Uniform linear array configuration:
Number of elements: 8
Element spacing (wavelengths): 0.25
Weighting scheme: blackman
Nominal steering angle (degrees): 30
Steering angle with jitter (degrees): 29.759
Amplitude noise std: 0.05
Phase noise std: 0.05

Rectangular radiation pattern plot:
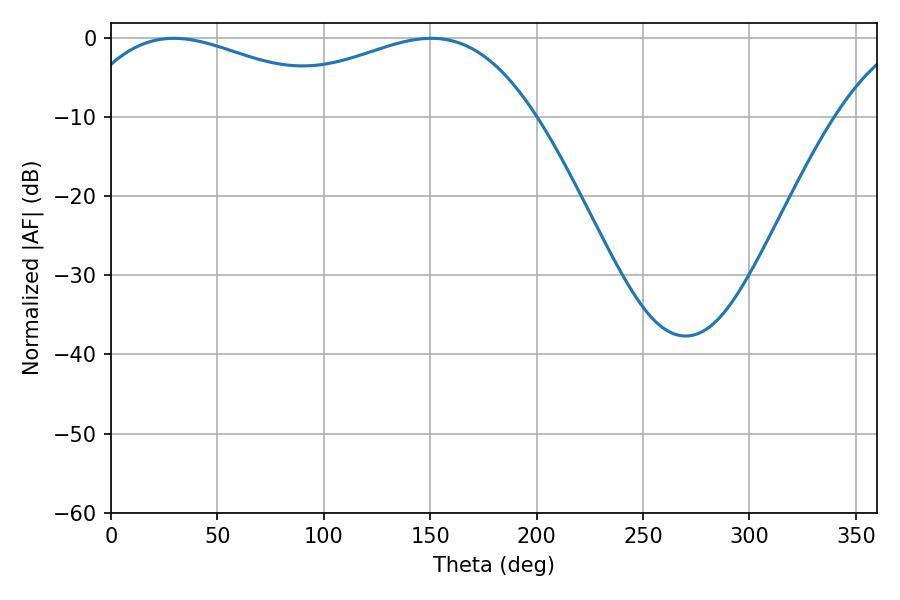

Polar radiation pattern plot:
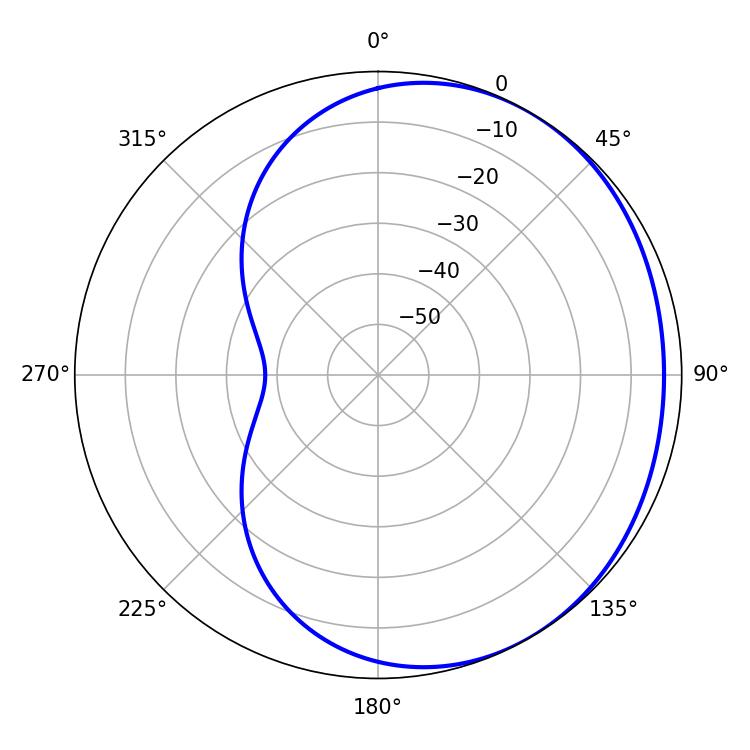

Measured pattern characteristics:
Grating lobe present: FALSE
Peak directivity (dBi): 1.783
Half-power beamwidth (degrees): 73.26
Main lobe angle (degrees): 29.52